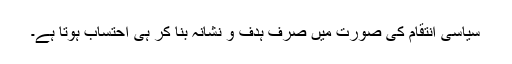
سیاسی انتقام کی صورت میں صرف ہدف و نشانہ بنا کر ہی احتساب ہوتا ہے۔